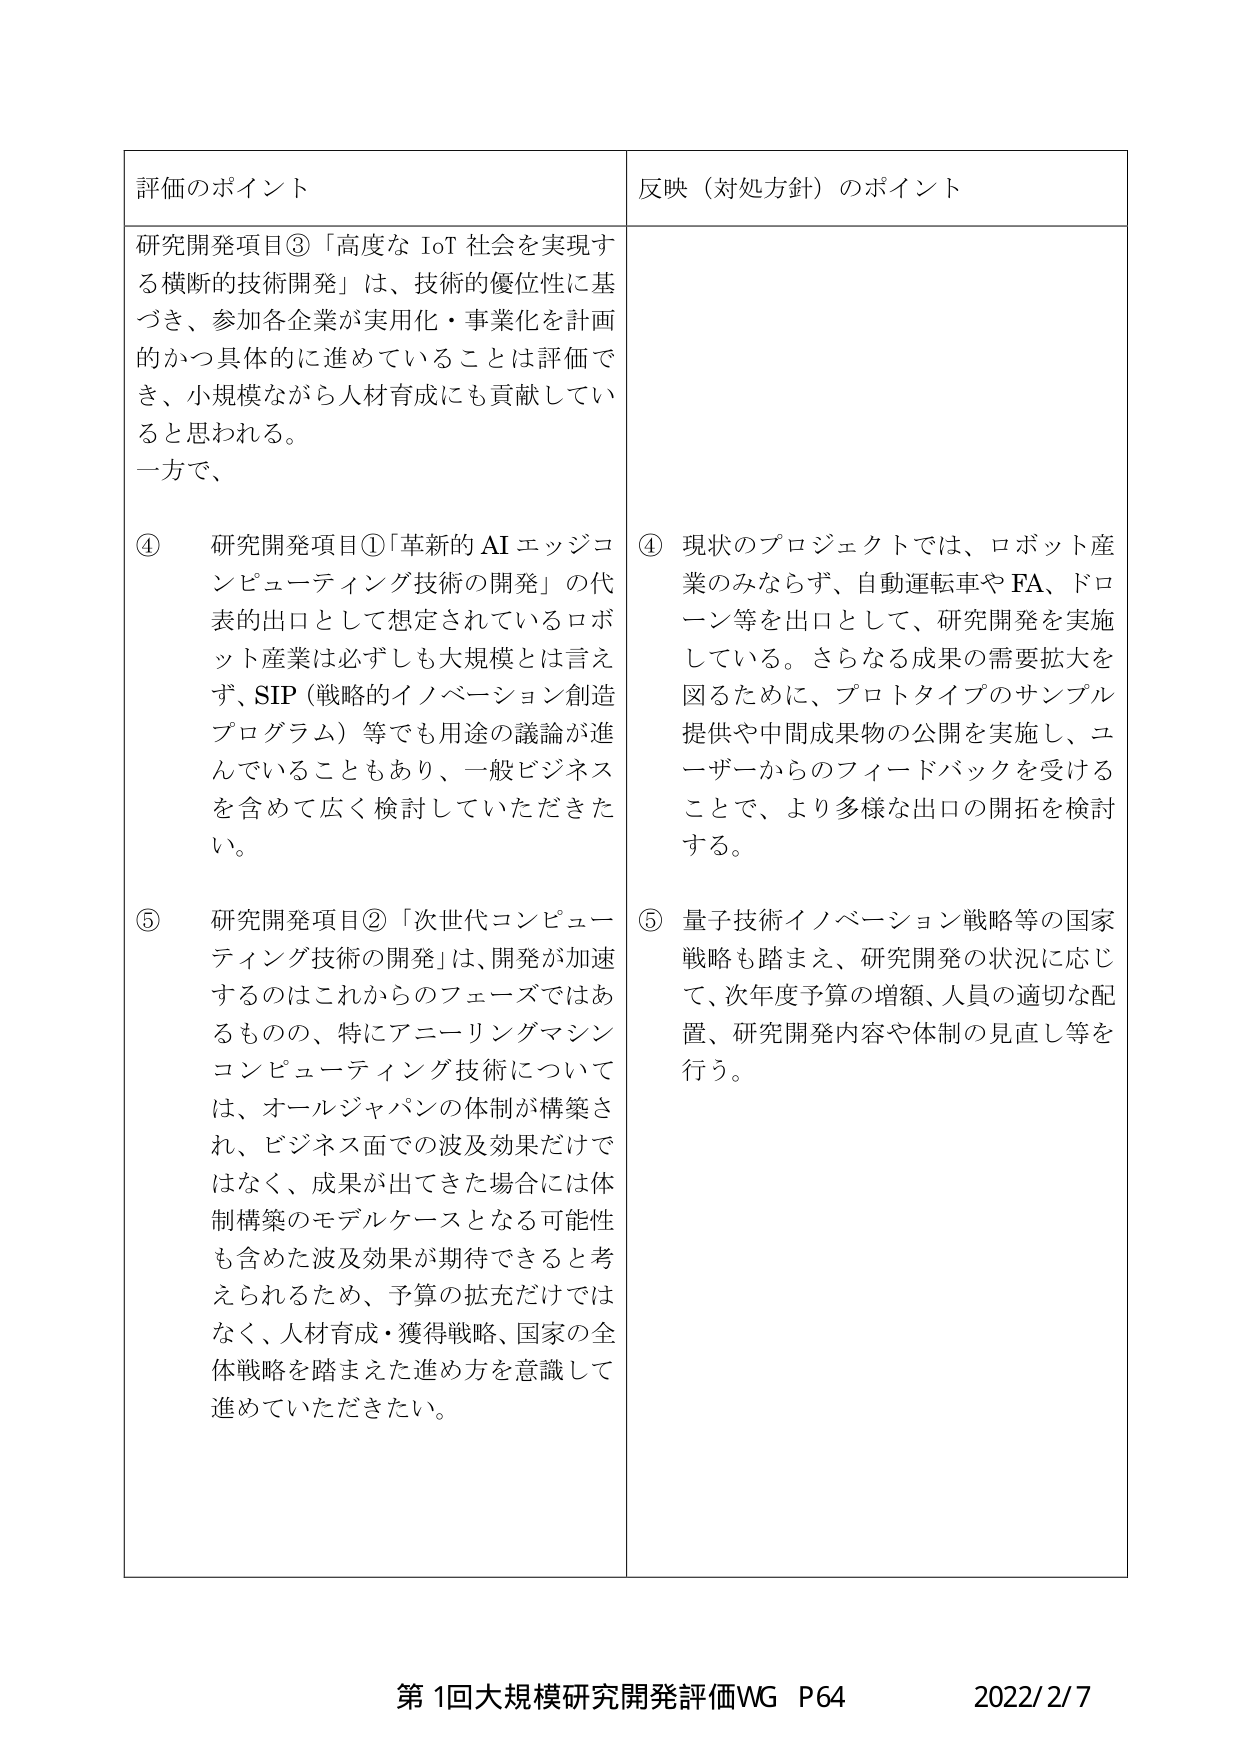
評価のポイント

研究開発項目③「高度な IoT 社会を実現する横断的技術開発」は、技術的優位性に基づき、参加各企業が実用化・事業化を計画的かつ具体的に進めていることは評価でき、小規模ながら人材育成にも貢献していると思われる。
一方で、

④ 研究開発項目①「革新的 AI エッジコンピューティング技術の開発」の代表的出口として想定されているロボット産業は必ずしも大規模とは言えず、SIP（戦略的イノベーション創造プログラム）等でも用途の議論が進んでいることもあり、一般ビジネスを含めて広く検討していただきたい。

⑤ 研究開発項目②「次世代コンピューティング技術の開発」は、開発が加速するのはこれからのフェーズではあるものの、特にアニーリングマシンコンピューティング技術については、オールジャパンの体制が構築され、ビジネス面での波及効果だけではなく、成果が出てきた場合には体制構築のモデルケースとなる可能性も含めた波及効果が期待できると考えられるため、予算の拡充だけではなく、人材育成・獲得戦略、国家の全体戦略を踏まえた進め方を意識して進めていただきたい。

反映（対処方針）のポイント

④ 現状のプロジェクトでは、ロボット産業のみならず、自動運転車や FA、ドローン等を出口として、研究開発を実施している。さらなる成果の需要拡大を図るために、プロトタイプのサンプル提供や中間成果物の公開を実施し、ユーザーからのフィードバックを受けることで、より多様な出口の開拓を検討する。

⑤ 量子技術イノベーション戦略等の国家戦略も踏まえ、研究開発の状況に応じて、次年度予算の増額、人員の適切な配置、研究開発内容や体制の見直し等を行う。

第1回大規模研究開発評価WG P64 2022/2/7